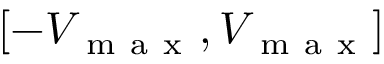
[ - V _ { \mathrm { ~ m ~ a ~ x ~ } } , V _ { \mathrm { ~ m ~ a ~ x ~ } } ]